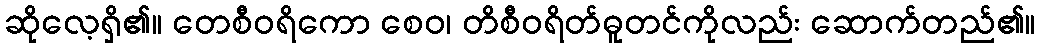
ဆိုလေ့ရှိ၏။ တေစီဝရိကော စေဝ၊ တိစီဝရိတ်ဓူတင်ကိုလည်း ဆောက်တည်၏။